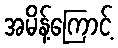
အမိန့်ကြောင့်